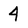
Character: 4